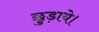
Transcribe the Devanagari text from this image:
छुड़ाये।